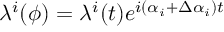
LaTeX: \lambda ^ { i } ( \phi ) = \lambda ^ { i } ( t ) e ^ { i \left( \alpha _ { i } + \Delta \alpha _ { i } \right) t }